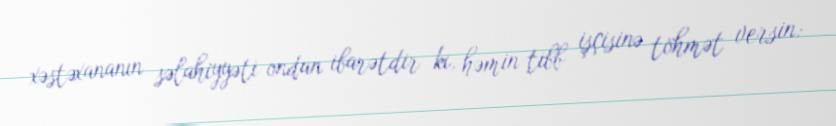
xəstəxananın səlahiyyəti ondan ibarətdir ki, həmin tibb işçisinə töhmət versin: